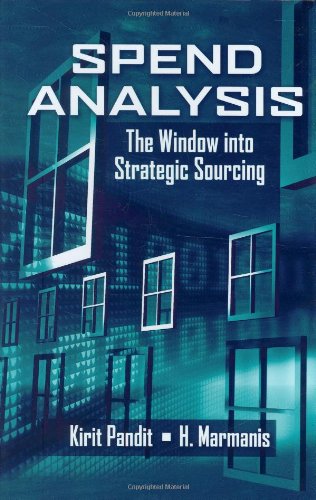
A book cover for Spend Analysis: The Window into Strategic Sourcing; Kirit Pandit; Business & Money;